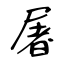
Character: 屠